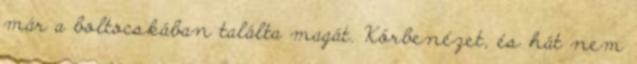
már a boltocskában találta magát. Körbenézet, és hát nem